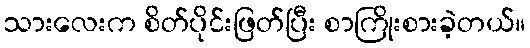
သားလေးက စိတ်ပိုင်းဖြတ်ပြီး စာကြိုးစားခဲ့တယ်။